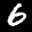
Label: 6